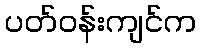
ပတ်ဝန်းကျင်က